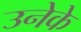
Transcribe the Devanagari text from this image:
उनेके